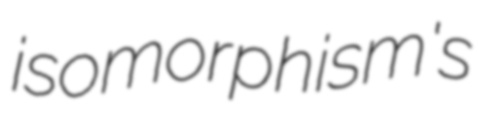
isomorphism's